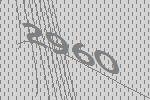
2960